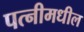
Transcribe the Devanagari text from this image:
पत्नीमधील